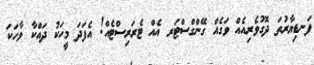
ފަނޑިޔާރުތަ ދޮގުވެރިއެއް ވަގެއް ގޭންގްސްޓަރ އެއް ޓެރަރިސްޓެއް! އެފަދަ މީހަކު ދައްކާ ވާހަކަ